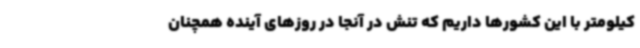
کیلومتر با این کشورها داریم که تنش در آنجا در روزهای آینده همچنان